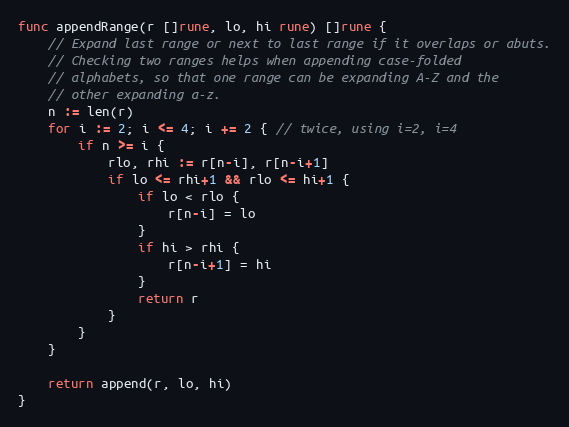
Language: Go
func appendRange(r []rune, lo, hi rune) []rune {
	// Expand last range or next to last range if it overlaps or abuts.
	// Checking two ranges helps when appending case-folded
	// alphabets, so that one range can be expanding A-Z and the
	// other expanding a-z.
	n := len(r)
	for i := 2; i <= 4; i += 2 { // twice, using i=2, i=4
		if n >= i {
			rlo, rhi := r[n-i], r[n-i+1]
			if lo <= rhi+1 && rlo <= hi+1 {
				if lo < rlo {
					r[n-i] = lo
				}
				if hi > rhi {
					r[n-i+1] = hi
				}
				return r
			}
		}
	}

	return append(r, lo, hi)
}